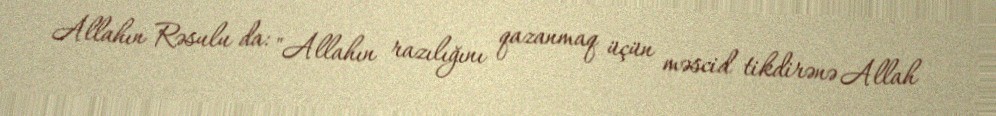
Allahın Rəsulu da: "Allahın razılığını qazanmaq üçün məscid tikdirənə Allah